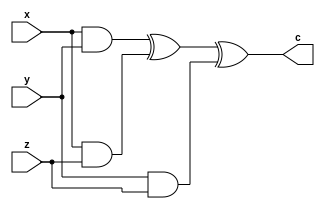
`timescale 1ns / 1ps
//////////////////////////////////////////////////////////////////////////////////
// Company: DeLizo.blog
// 
// Design Name: FPGA Bitcoin Miner
// Module Name: Maj
// Project Name: 
// Target Devices: TBD
// Tool Versions: 
// Description: 
// 
// Dependencies: None
// 
// Revision:
// Revision 0.01 - File Created
// Additional Comments:
// 
//////////////////////////////////////////////////////////////////////////////////


module Maj(
input x,
input y,
input z,
output c);

wire w1,w2,w3,w4;

and(w1,x,y);
and(w2,x,z);
and(w3,y,z);
xor(w4,w1,w2);
xor(c,w4,w3);

endmodule